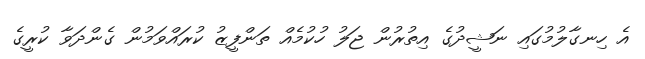
އެ ހިނގާލުމުގައި ނަޝީދުގެ އިތުރުން ޖަލު ހުކުމެއް ތަންފީޒު ކުރައްވަމުން ގެންދަވާ ކުރީގެ